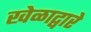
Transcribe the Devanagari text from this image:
खेळाद्वारे